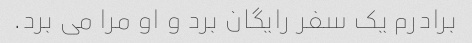
برادرم یک سفر رایگان برد و او مرا می برد.